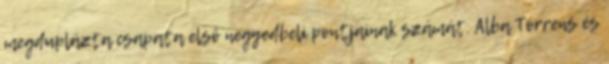
megduplázta csapata első negyedbeli pontjainak számát. Alba Torrens és